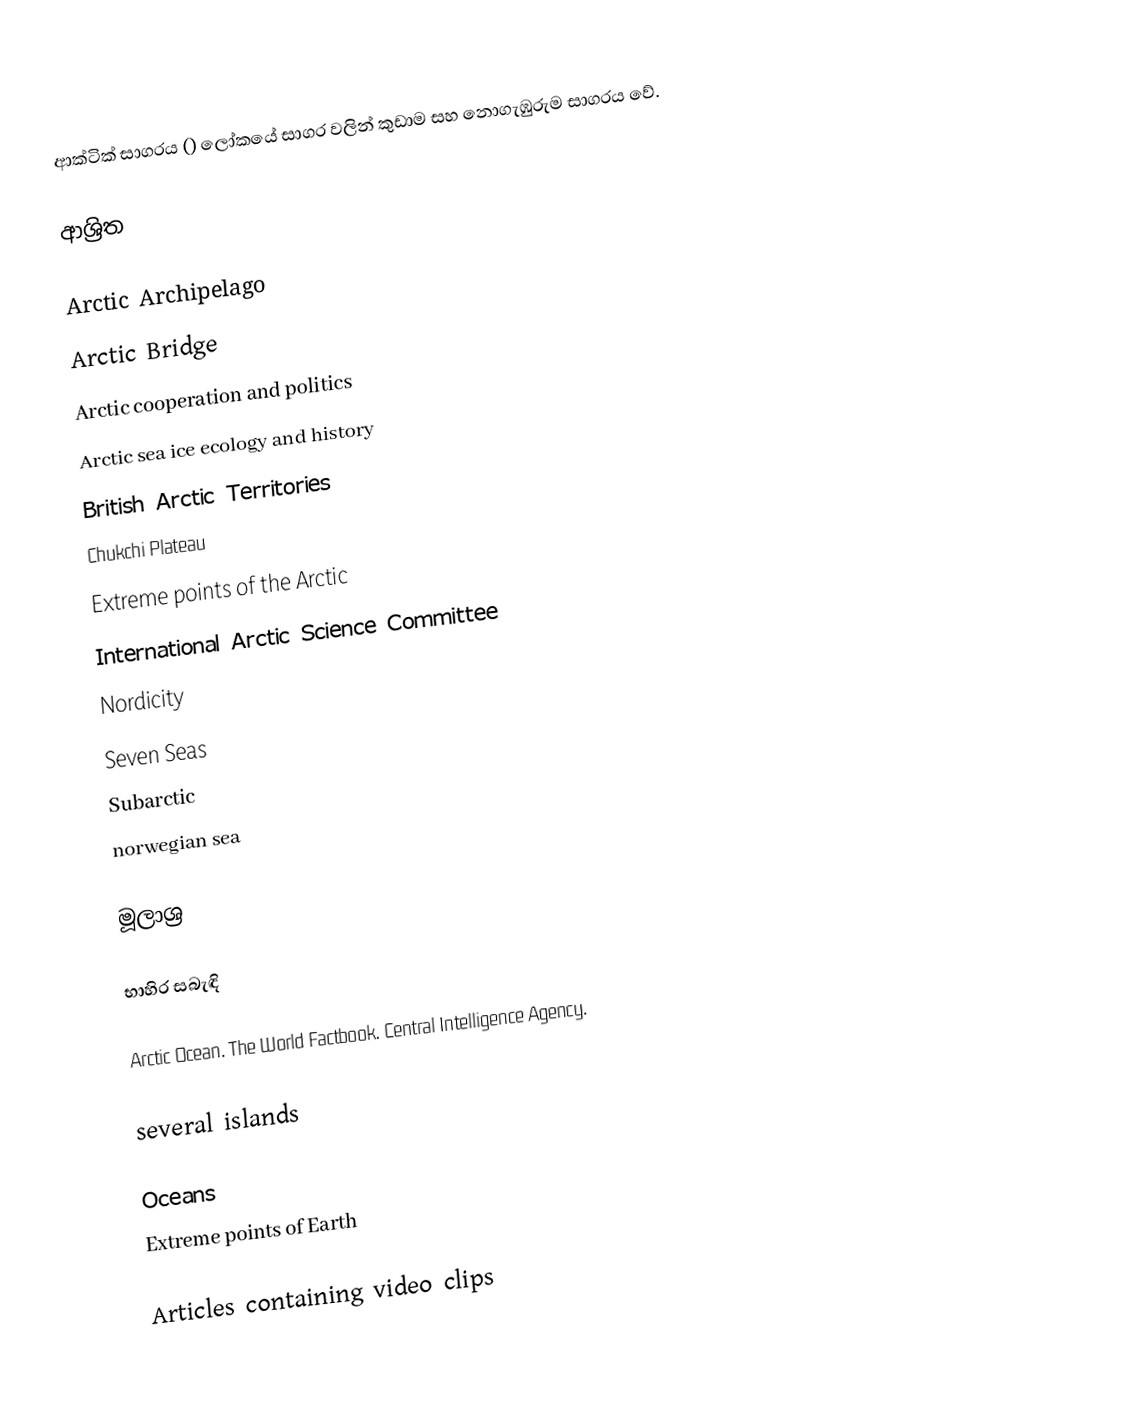
ආක්ටික් සාගරය () ලෝකයේ සාගර වලින් කුඩාම සහ නොගැඹුරුම සාගරය වේ.

ආශ්‍රිත

 Arctic Archipelago
 Arctic Bridge
 Arctic cooperation and politics
 Arctic sea ice ecology and history
 British Arctic Territories
 Chukchi Plateau
 Extreme points of the Arctic
 International Arctic Science Committee
 Nordicity
 Seven Seas
 Subarctic
norwegian sea

මූලාශ්‍ර

භාහිර සබැඳි

 Arctic Ocean. The World Factbook. Central Intelligence Agency.

several islands

Oceans
Extreme points of Earth

Articles containing video clips